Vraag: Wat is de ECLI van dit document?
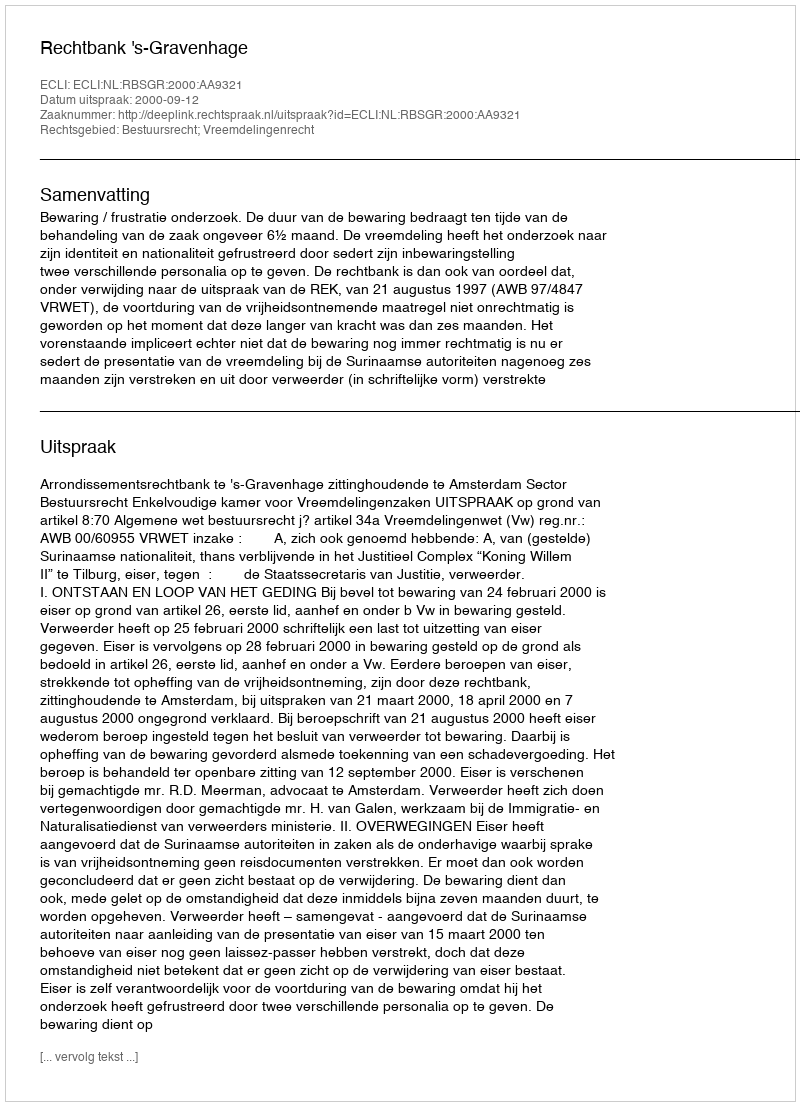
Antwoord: ECLI:NL:RBSGR:2000:AA9321